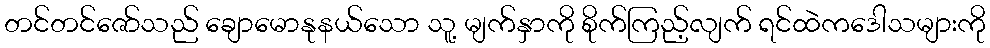
တင်တင်ဇော်သည် ချောမောနုနယ်သော သူ့ မျက်နှာကို စိုက်ကြည့်လျက် ရင်ထဲကဒေါသများကို